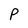
Character: P